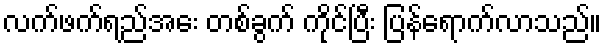
လက်ဖက်ရည်အေး တစ်ခွက် ကိုင်ပြီး ပြန်ရောက်လာသည်။